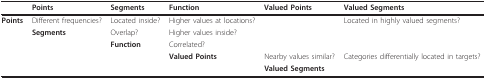
<table><thead><tr><td></td><td><b>Points</b></td><td><b>Segments</b></td><td><b>Function</b></td><td><b>Valued Points</b></td><td><b>Valued Segments</b></td></tr></thead><tbody><tr><td><b>Points</b></td><td>Different frequencies?</td><td>Located inside?</td><td>Higher values at locations?</td><td></td><td>Located in highly valued segments?</td></tr><tr><td></td><td><b>Segments</b></td><td>Overlap?</td><td>Higher values inside?</td><td></td><td></td></tr><tr><td></td><td></td><td><b>Function</b></td><td>Correlated?</td><td></td><td></td></tr><tr><td></td><td></td><td></td><td><b>Valued Points</b></td><td>Nearby values similar?</td><td>Categories differentially located in targets?</td></tr><tr><td></td><td></td><td></td><td></td><td><b>Valued Segments</b></td><td></td></tr></tbody></table>